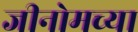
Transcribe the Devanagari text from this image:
जीनोमच्या